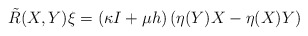
\begin{align*}\tilde R(X,Y)\xi =\left( \kappa I+\mu h\right) \left( \eta (Y)X-\eta (X)Y\right) \end{align*}